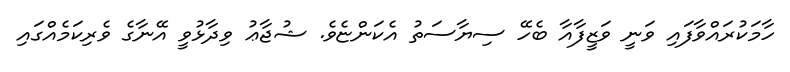
ހާމަކުރައްވާފައި ވަނީ ވަޒީފާއާ ބެހޭ ސިޔާސަތު އެކަންޏެވެ. ޝުޖާޢު ވިދާޅުވީ އޭނާގެ ވެރިކަމެއްގައި